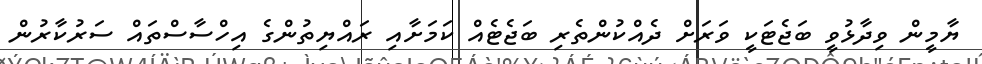
ޔާމީން ވިދާޅުވީ ބަޖެޓަކީ ވަރަށް ދެއްކުންތެރި ބަޖެޓެއް ކަމަށާއި ރައްޔިތުންގެ އިހްސާސްތައް ސަރުކާރުން